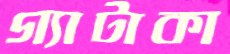
গ্যাটাকা